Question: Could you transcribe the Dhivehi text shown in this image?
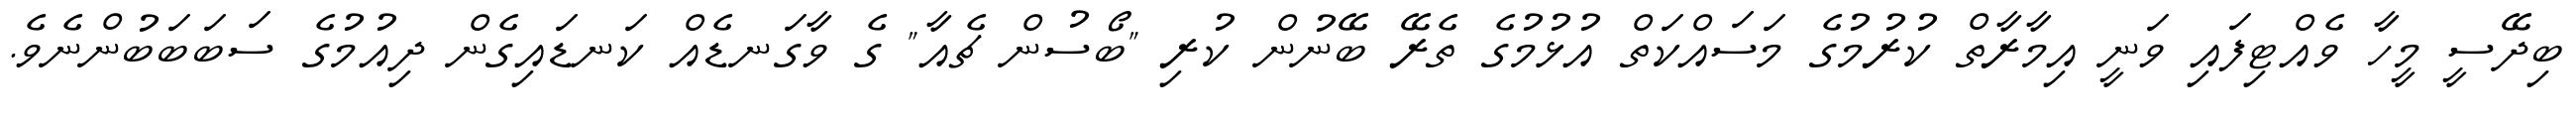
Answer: ބިދޭސީ މީހާ ވެއްޓިފައި ވަނީ އިމާރާތް ކުރުމުގެ މަސައްކަތް އުޅުމުގެ ތެރޭ ބޭނުން ކުރި "ބޯސުން ޗެއާ" ގެ ވާގަނޑެއް ކަނޑައިގެން ދިއުމުގެ ސަބަބަބުންނެވެ.